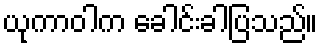
ယုကာဝါက ခေါင်းခါပြသည်။